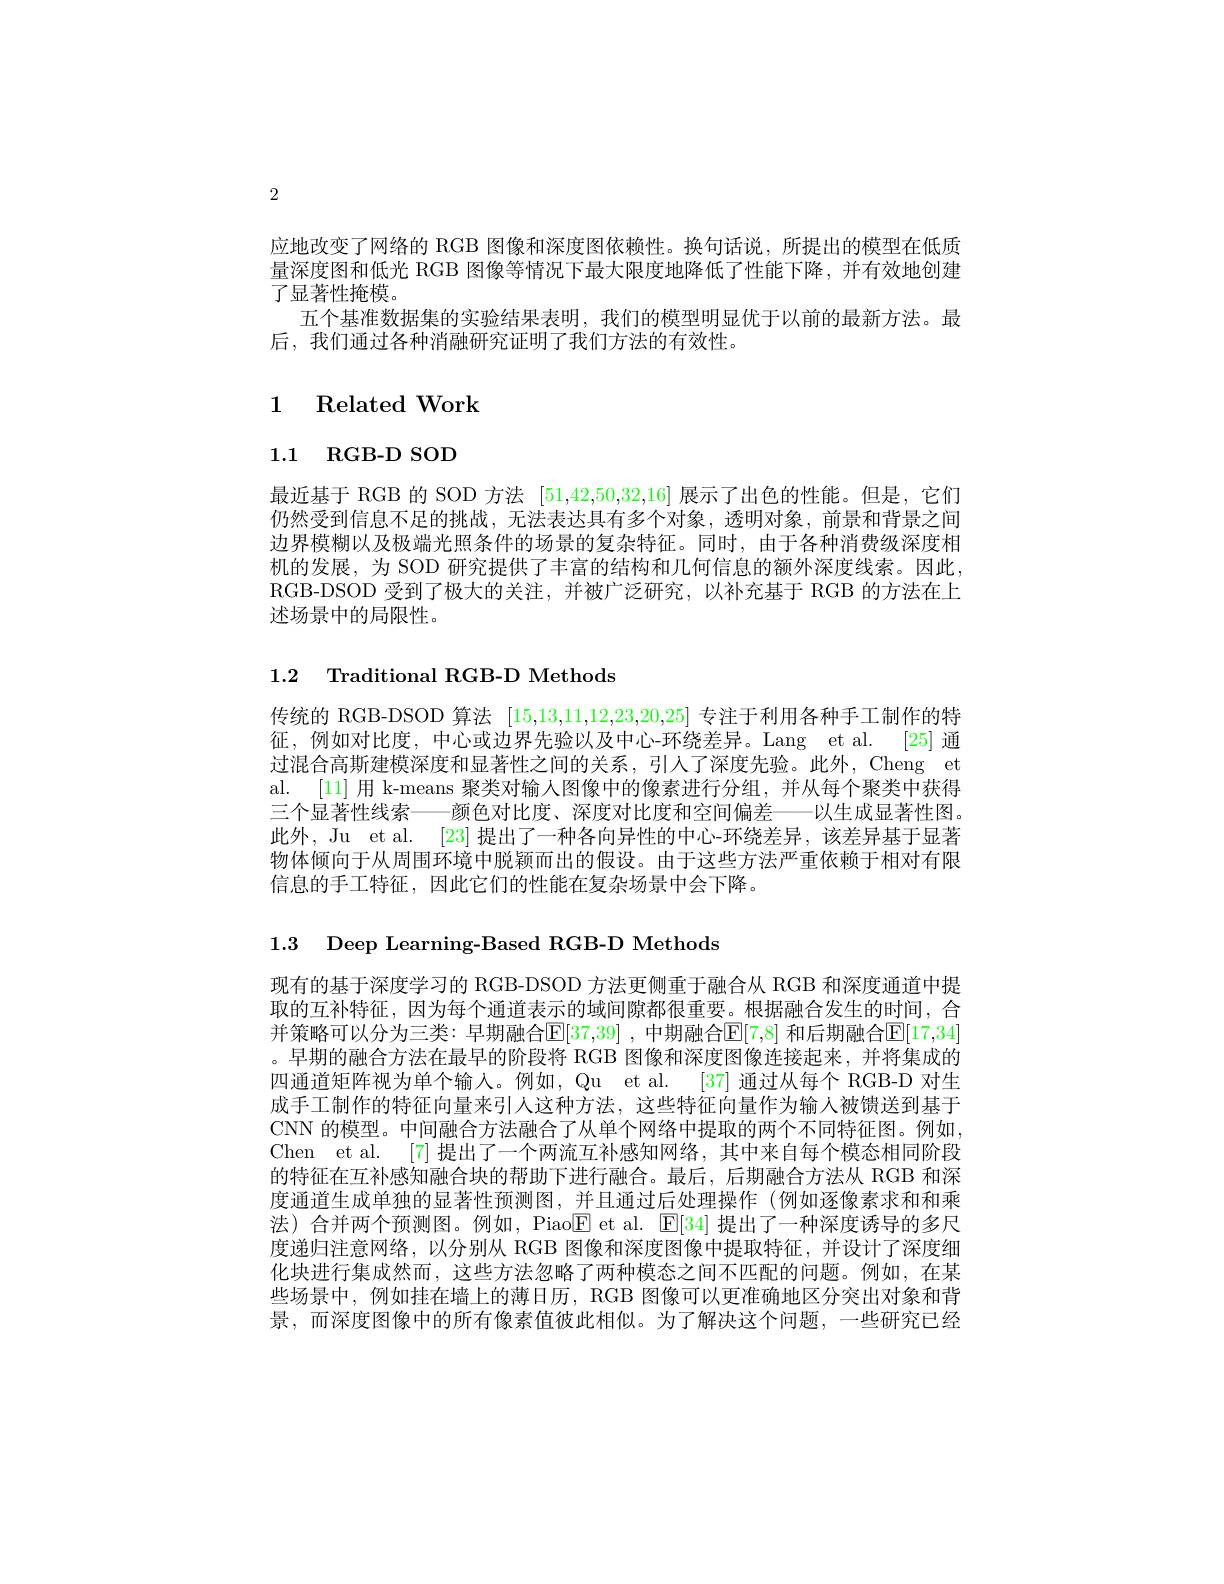
2

应地改变了网络的 RGB 图像和深度图依赖性。换句话说，所提出的模型在低质量深度图和低光 RGB 图像等情况下最大限度地降低了性能下降，并有效地创建了显著性掩模。
五个基准数据集的实验结果表明，我们的模型明显优于以前的最新方法。最
后，我们通过各种消融研究证明了我们方法的有效性。

## 1 Related Work

# 1.1 RGB- D SOD

最近基于 RGB 的 SOD 方法 [51,42,50,32,16] 展示了出色的性能。但是，它们仍然受到信息不足的挑战，无法表达具有多个对象，透明对象，前景和背景之间边界模糊以及极端光照条件的场景的复杂特征。同时，由于各种消费级深度相机的发展，为 SOD 研究提供了丰富的结构和几何信息的额外深度线索。因此， RGB-DSOD 受到了极大的关注，并被广泛研究，以补充基于 RGB 的方法在上述场景中的局限性。

## 1.2 Traditional RGB-D Methods

传统的 RGB-DSOD 算法[15,13,11,12,23,20,25]专注于利用各种手工制作的特征，例如对比度，中心或边界先验以及中心-环绕差异。Lang et al. [25]通过混合高斯建模深度和显著性之间的关系，引人了深度先验。此外，Cheng et al. [11] 用 k-means 聚类对输人图像中的像素进行分组，并从每个聚类中获得三个显著性线索——颜色对比度、深度对比度和空间偏差——以生成显著性图。此外，Ju et al. [23] 提出了一种各向异性的中心-环绕差异，该差异基于显著物体倾向于从周围环境中脱颖而出的假设。由于这些方法严重依赖于相对有限信息的手工特征，因此它们的性能在复杂场景中会下降。

1.3 Deep Learning-Based RGB-D Methods

现有的基于深度学习的 RGB-DSOD 方法更侧重于融合从 RGB 和深度通道中提取的互补特征，因为每个通道表示的域间隙都很重要。根据融合发生的时间，合并策略可以分为三类：早期融合$\mathbb{E}[37,39]$ ,中期融合$\mathbb{E}[7,8]$ 和后期融合$\mathbb{E}[17,34]$ 。早期的融合方法在最早的阶段将 RGB 图像和深度图像连接起来，并将集成的四通道矩阵视为单个输入。例如，Qu et al. [37] 通过从每个 RGB-D 对生成手工制作的特征向量来引人这种方法，这些特征向量作为输入被馈送到基于CNN 的模型。中间融合方法融合了从单个网络中提取的两个不同特征图。例如Chen et al. [7] 提出了一个两流互补感知网络，其中来自每个模态相同阶段的特征在互补感知融合块的帮助下进行融合。最后，后期融合方法从 RGB 和深度通道生成单独的显著性预测图，并且通过后处理操作(例如逐像素求和和乘法) 合并两个预测图。例如，Piao$\boxed{\mathrm{F}}$ et al. $\boxed{\mathrm{E}}[34]$提出了一种深度诱导的多尺度递归注意网络，以分别从 RGB 图像和深度图像中提取特征，并设计了深度细化块进行集成然而，这些方法忽略了两种模态之间不匹配的问题。例如，在某些场景中，例如挂在墙上的薄日历，RGB 图像可以更准确地区分突出对象和背景，而深度图像中的所有像素值彼此相似。为了解决这个问题，一些研究已经